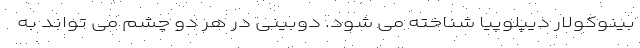
بینوکولار دیپلوپیا شناخته می شود. دوبینی در هر دو چشم می تواند به